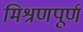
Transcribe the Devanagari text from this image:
मिश्रणपूर्ण